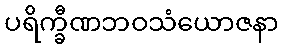
ပရိက္ခီဏဘဝသံယောဇနာ